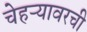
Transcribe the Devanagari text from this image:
चेहऱ्यावरची